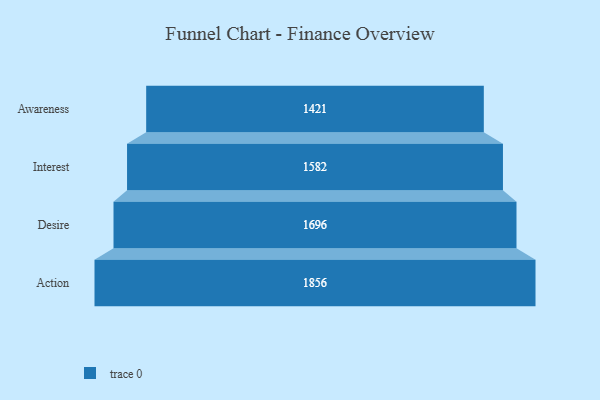
{"axis": {"x": "Stage", "y": "Value"}, "legend": [""], "data": [{"x": "Awareness", "y": 1421.0, "type": ""}, {"x": "Interest", "y": 1582.0, "type": ""}, {"x": "Desire", "y": 1696.0, "type": ""}, {"x": "Action", "y": 1856.0, "type": ""}]}